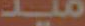
ميد